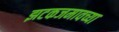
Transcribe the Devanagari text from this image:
झटकजमावच्या